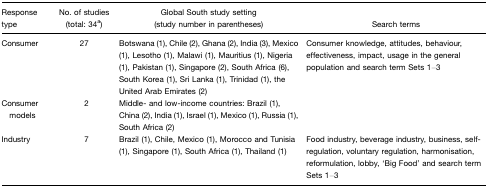
<table><thead><tr><td><b>Response type</b></td><td><b>No. of studies (total: 34a)</b></td><td><b>Global South study setting (study number in parentheses)</b></td><td><b>Search terms</b></td></tr></thead><tbody><tr><td>Consumer</td><td>27</td><td>Botswana (1), Chile (2), Ghana (2), India (3), Mexico (1), Lesotho (1), Malawi (1), Mauritius (1), Nigeria (1), Pakistan (1), Singapore (2), South Africa (6), South Korea (1), Sri Lanka (1), Trinidad (1), the United Arab Emirates (2)</td><td>Consumer knowledge, attitudes, behaviour, effectiveness, impact, usage in the general population and search term Sets 1–3</td></tr><tr><td>Consumer models</td><td>2</td><td>Middle- and low-income countries: Brazil (1), China (2), India (1), Israel (1), Mexico (1), Russia (1), South Africa (2)</td><td></td></tr><tr><td>Industry</td><td>7</td><td>Brazil (1), Chile, Mexico (1), Morocco and Tunisia (1), Singapore (1), South Africa (1), Thailand (1)</td><td>Food industry, beverage industry, business, self-regulation, voluntary regulation, harmonisation, reformulation, lobby, ‘Big Food’ and search term Sets 1–3</td></tr></tbody></table>